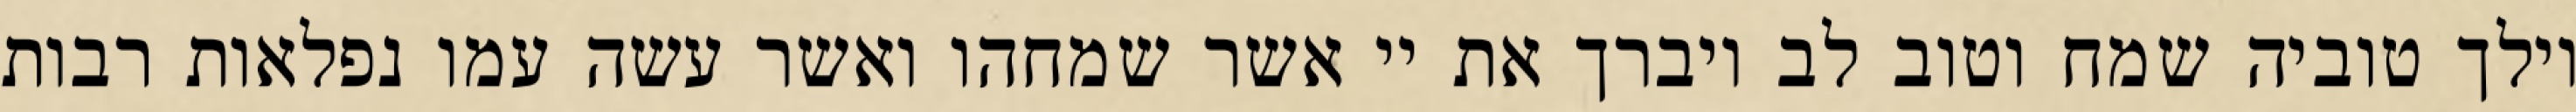
וילך טוביה שמח וטוב לב ויברך את יי אשר שמחהו ואשר עשה עמו נפלאות רבות